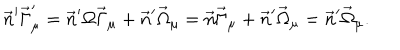
LaTeX: \vec { n } ^ { \prime } \vec { \Gamma } _ { \mu } ^ { \prime } = \vec { n } ^ { \prime } \Omega \vec { \Gamma } _ { \mu } + \vec { n } ^ { \prime } \vec { \Omega } _ { \mu } = \vec { n } \vec { \Gamma } _ { \mu } + \vec { n } ^ { \prime } \vec { \Omega } _ { \mu } = \vec { n } ^ { \prime } \vec { \Omega } _ { \mu } .